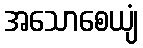
အသောစေယျံ